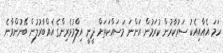
ހަމަ އެއާއިއެކު ސަރުކާރުން ކުރަމުން އަންނަ މަސައްކަތަށް ދީނީ އިލްމުވެރިންގެ އެއްބާރުލުން ބޭނުންވާނެ